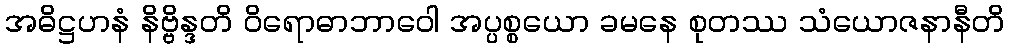
အဓိဋ္ဌဟနံ နိဗ္ဗိန္ဒတိ ဝိရောဓာဘာဝေါ အပ္ပစ္စယော ခမနေ စုတဿ သံယောဇနာနီတိ